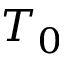
T _ { 0 }